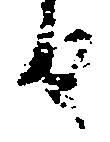
由